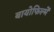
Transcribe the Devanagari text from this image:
बायोफिल्में